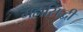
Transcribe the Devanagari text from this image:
महासिद्धी